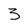
Character: 3